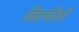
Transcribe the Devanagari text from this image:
मिलवैकी